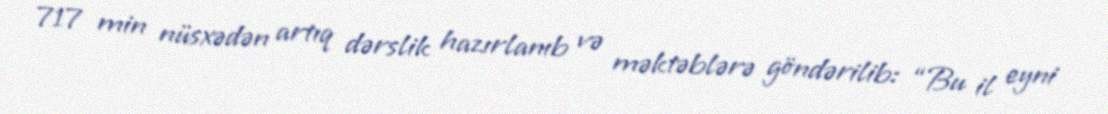
717 min nüsxədən artıq dərslik hazırlanıb və məktəblərə göndərilib: “Bu il eyni